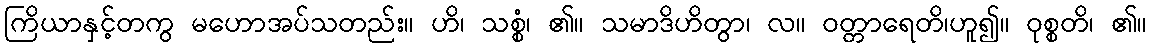
ကြိယာနှင့်တကွ မဟောအပ်သတည်း။ ဟိ၊ သစ္စံ၊ ၏။ သမာဒိဟိတွာ၊ လ။ ဝတ္တာရေတိ၊ဟူ၍။ ဝုစ္စတိ၊ ၏။